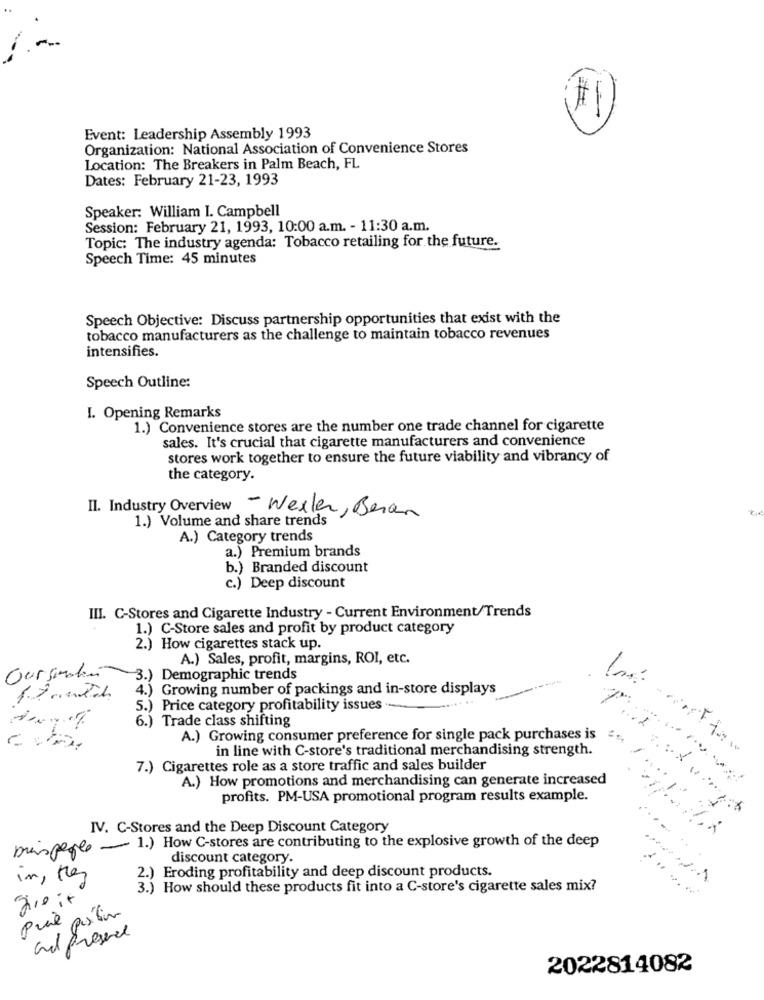
-
Event: Leadership Assembly 1993
Organization: National Association of Convenience Stores
Location: The Breakers in Palm Beach, FL
Dates: February 21-23, 1993
Speaker: William I. Campbell
Session: February 21, 1993, 10:00 a.m. - 11:30 a.m.
Topic: The industry agenda: Tobacco retailing for the future.
Speech Time: 45 minutes
Speech Objective: Discuss partnership opportunities that exist with the
tobacco manufacturers as the challenge to maintain tobacco revenues
intensifies.
Speech Outline:
I. Opening Remarks
1.) Convenience stores are the number one trade channel for cigarette
sales. It's crucial that cigarette manufacturers and convenience
stores work together to ensure the future viability and vibrancy of
the category.
II. Industry Overview - Wexler, Beran
1.) Volume and share trends
A.) Category trends
a.) Premium brands
b.) Branded discount
c.) Deep discount
III. C-Stores and Cigarette Industry - Current Environment/Trends
1.) C-Store sales and profit by product category
2.) How cigarettes stack up.
A.) Sales, profit, margins, ROI, etc.
Oursmatin
3.) Demographic trends
4.) Growing number of packings and in-store displays
5.) Price category profitability issues
6.) Trade class shifting
A.) Growing consumer preference for single pack purchases is
in line with C-store's traditional merchandising strength.
7.) Cigarettes role as a store traffic and sales builder
A.) How promotions and merchandising can generate increased
profits. PM-USA promotional program results example.
IV. C-Stores and the Deep Discount Category
prispege - 1.) How C-stores are contributing to the explosive growth of the deep
discount category.
2.) Eroding profitability and deep discount products.
In, Mez
3.) How should these products fit into a C-store's cigarette sales mix?
give it
Pul sótin
and presence
2022814082